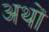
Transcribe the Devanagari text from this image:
अथों